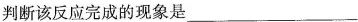
判断该反应完成的现象是___